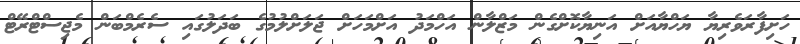
ހަށިފާރަވެރިޔާ ޔަހްޔާއަށް އަނިޔާކޮށްގެން މަޒްލާން އަހްމަދު އަށްމަހަށް ޖަލަށްލުމުގެ ބަދަލުގައި ސެރެމްބަން މެޖިސްޓްރޭޓް